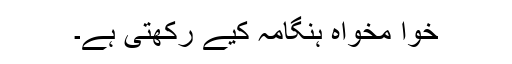
خوا مخواہ ہنگامہ کیے رکھتی ہے۔